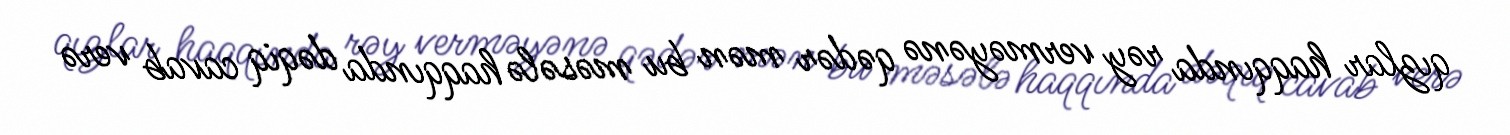
qızlar haqqında rəy verməyənə qədər mən bu məsələ haqqında dəqiq cavab verə